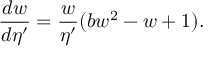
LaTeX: \frac { d w } { d \eta ^ { \prime } } = \frac { w } { \eta ^ { \prime } } ( b w ^ { 2 } - w + 1 ) .